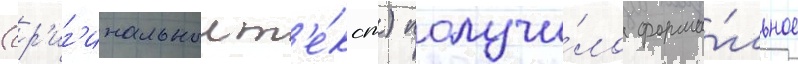
(ор'иг'инальныи т'е́кст) получи́ло форма́льное